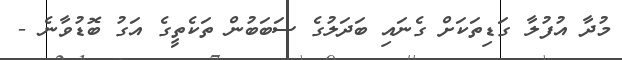
މުދާ އުފުލާ ގަޑިތަކަށް ގެނައި ބަދަލުގެ ސަބަބުން ތަކެތީގެ އަގު ބޮޑުވާނެ -